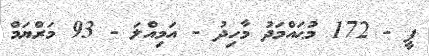
ޕީ - 172 މުޙައްމަދު މާހިދު - އަމިއްލަ - 93 މަރްޔަމް